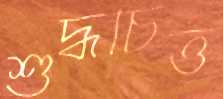
শুদ্ধচিত্ত